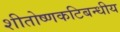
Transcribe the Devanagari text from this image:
शीतोष्णकटिबन्धीय